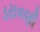
ડરાવણી